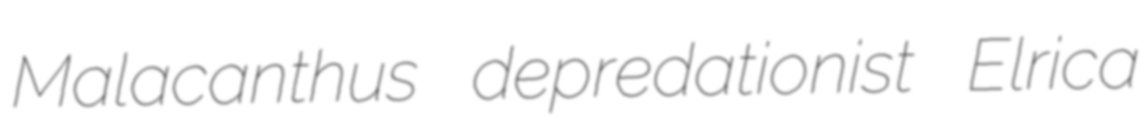
Malacanthus depredationist Elrica